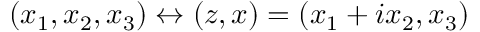
( x _ { 1 } , x _ { 2 } , x _ { 3 } ) \leftrightarrow ( z , x ) = ( x _ { 1 } + i x _ { 2 } , x _ { 3 } )